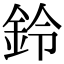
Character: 鈴